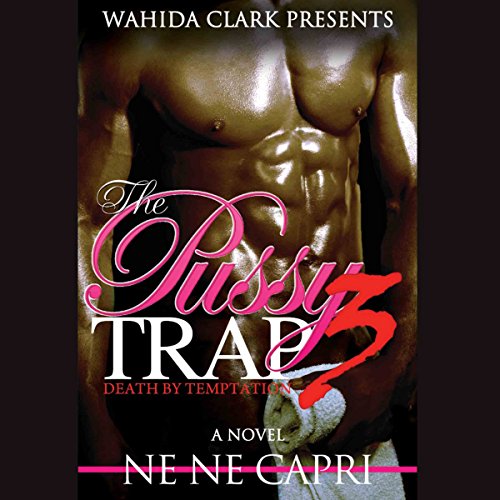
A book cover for The Pussy Trap 3: Death by Temptation; Ne Ne Capri; Romance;